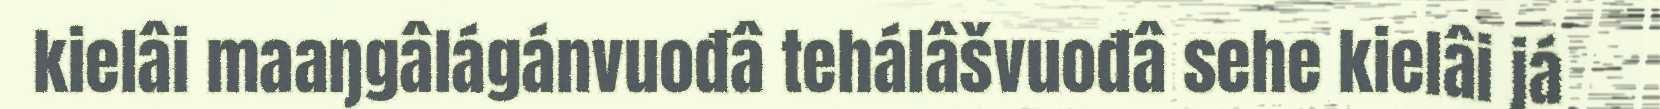
kielâi maaŋgâlágánvuođâ tehálâšvuođâ sehe kielâi já